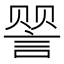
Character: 𬢯